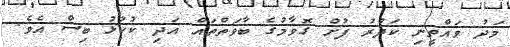
މަދު ވައްތީނި ކަދުރު ފުށް ގޮވާމުގެ ބާވަތްތައް އަދި ކުކުޅު ބިސް އެވެ.